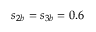
{ s _ { 2 b } } = { s _ { 3 b } } = 0 . 6